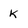
Character: k